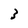
Character: 3